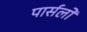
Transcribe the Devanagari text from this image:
पार्सलों